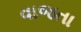
વાજતા